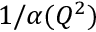
1 / \alpha ( Q ^ { 2 } )